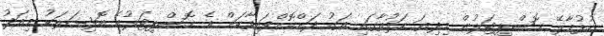
ހުޅުމާލޭ ހޮސްޕިޓަލުން މިދިޔަ ހަފުތާގައި އަގު ދަށްކޮށްފައިވާކަން އެ ހޮސްޕިޓަލުގެ އޮފިޝަލަކު މިއަދު